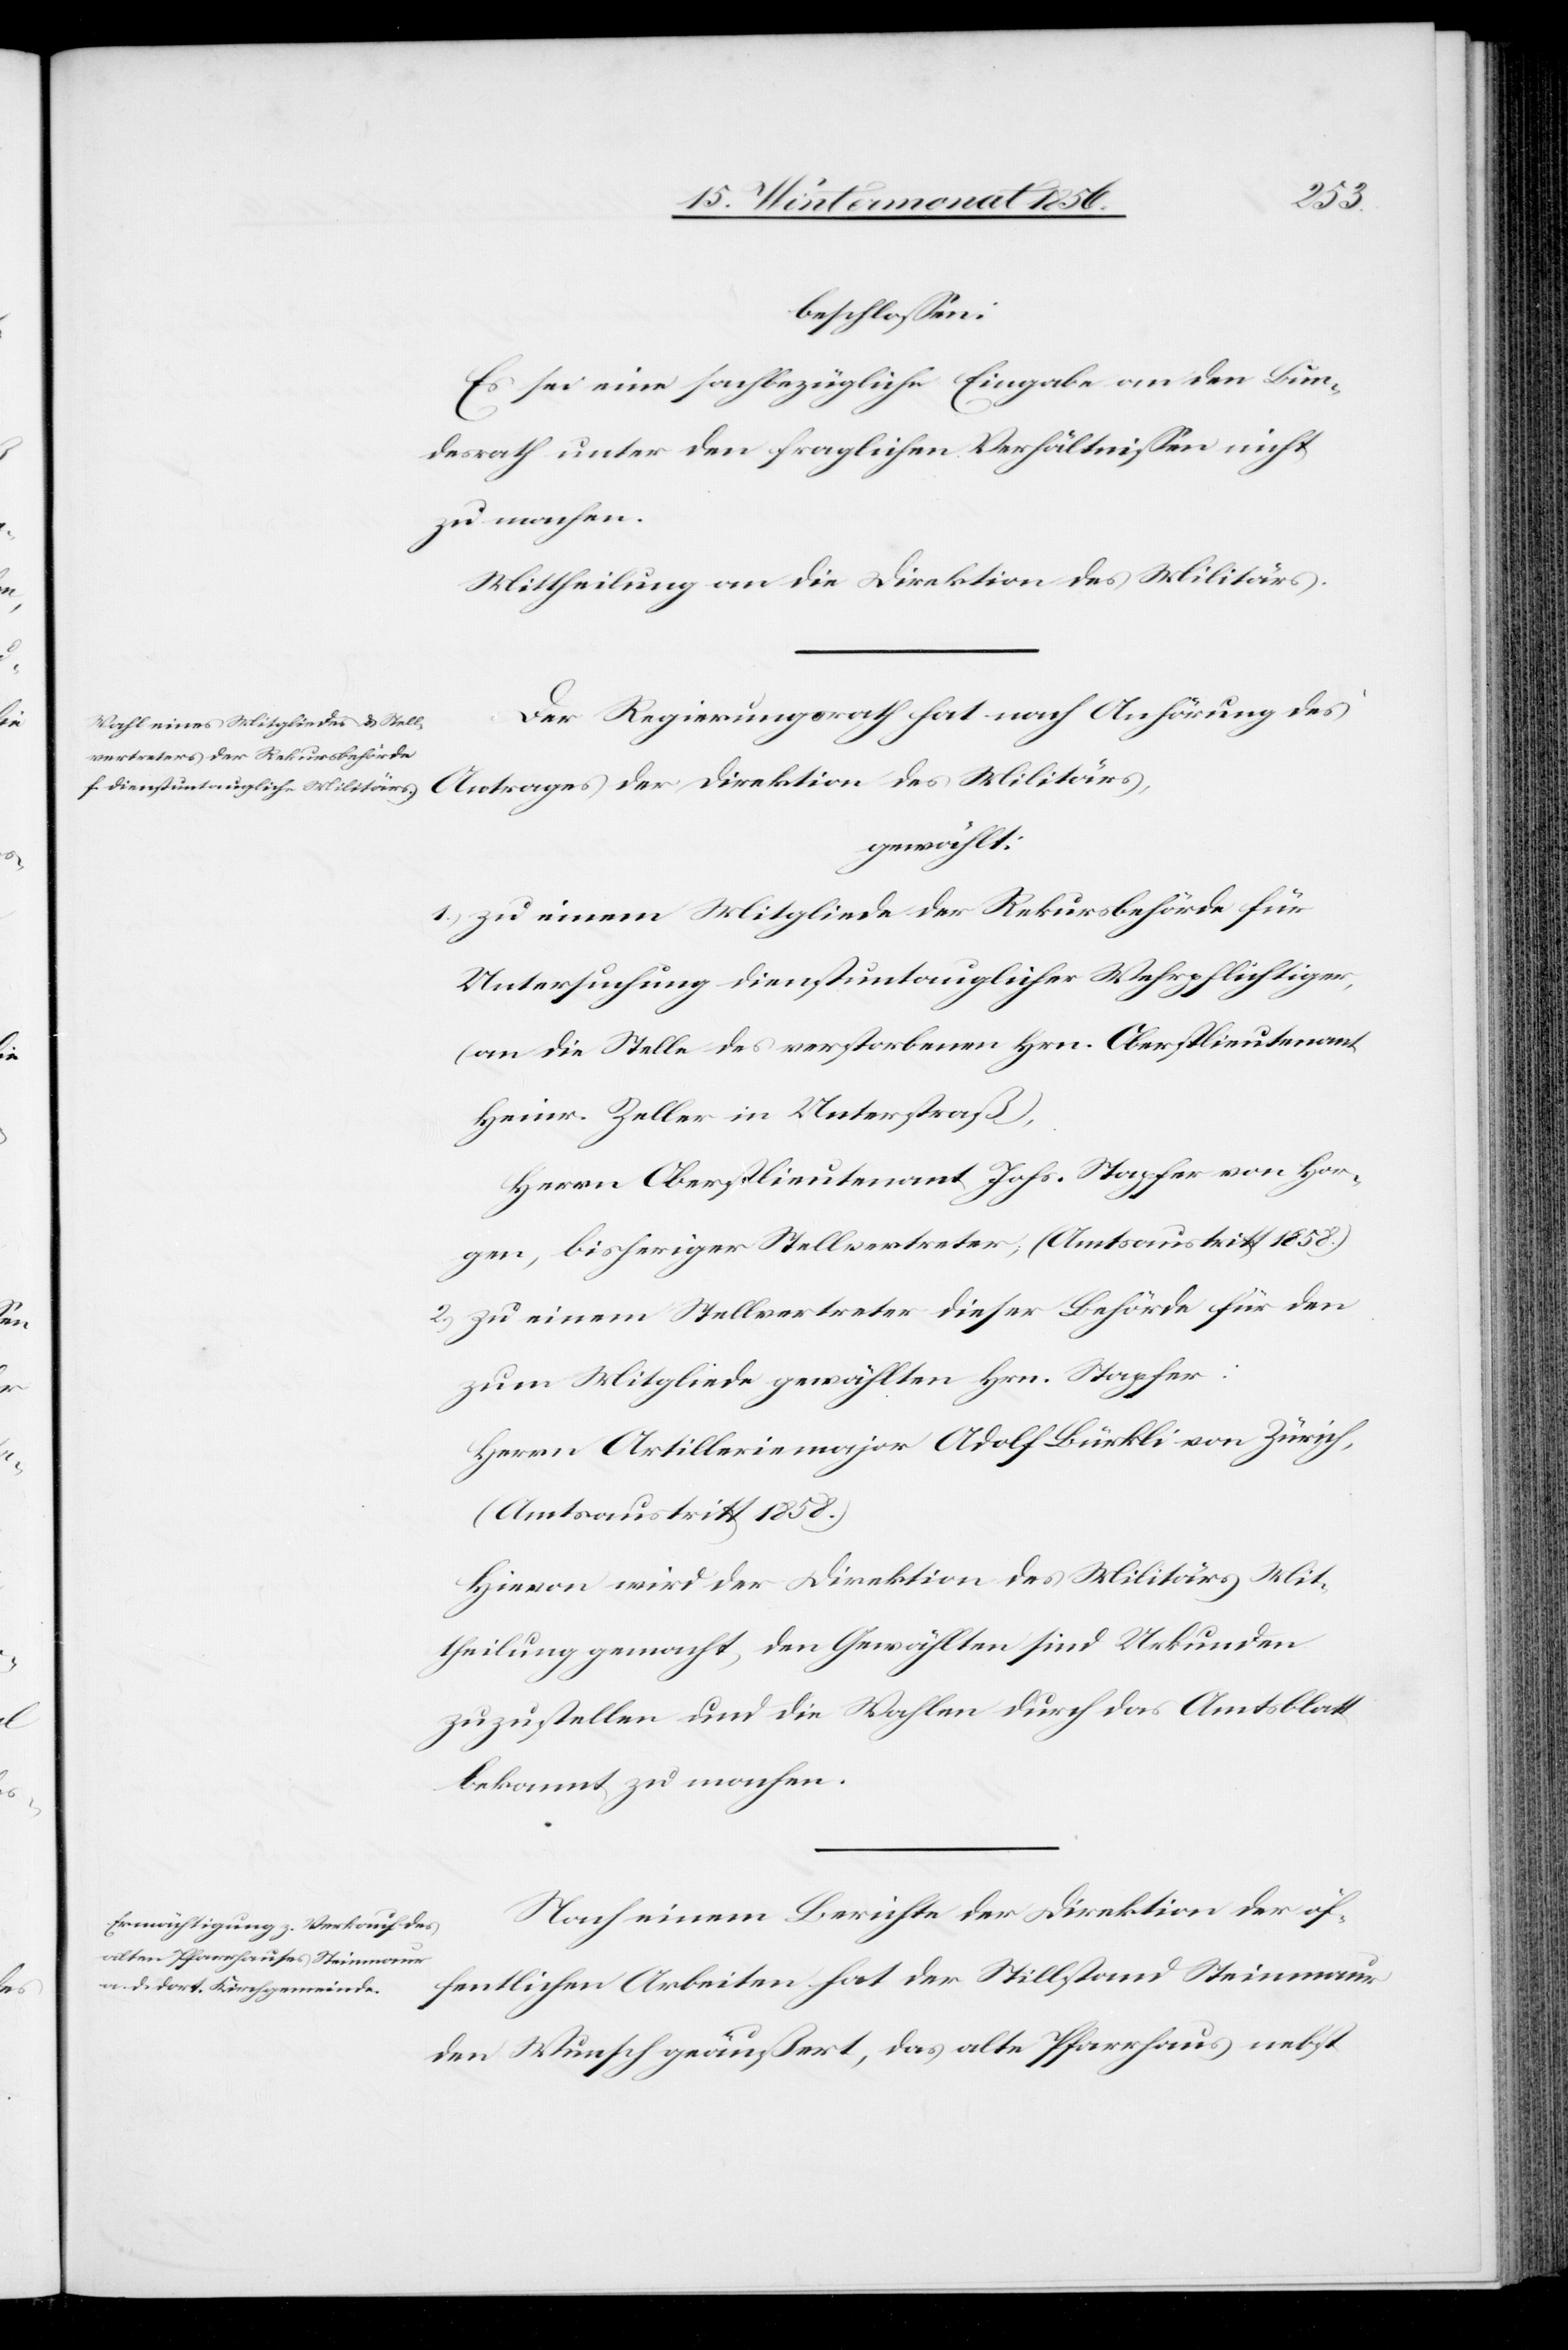
beschlossen:
Es sei eine sachbezügliche Eingabe an den Bun¬
desrath unter den fraglichen Verhältnissen nicht
zu machen.
Mittheilung an die Direktion des Militärs.
Der Regierungsrath hat nach Anhörung des
Antrages der Direktion des Militärs,
gewählt:
1.) zu einem Mitgliede der Rekursbehörde für
Untersuchung dienstuntauglicher Wehrpflichtiger,
(an die Stelle des verstorbenen Hrn. Oberstlieutenant
Heinr. Zeller in Unterstraß),
Herrn Oberstlieutenant Johs. Stapfer von Hor¬
gen, bisheriger Stellvertreter; (Amtsaustritt 1858.)
2.) zu einem Stellvertreter dieser Behörde für den
zum Mitgliede gewählten Hrn. Stapfer:
Herrn Artilleriemajor Adolf Bürkli von Zürich,
(Amtsaustritt 1858.)
Hievon wird der Direktion des Militärs Mit¬
theilung gemacht, den Gewählten sind Urkunden
zuzustellen und die Wahlen durch das Amtsblatt
bekannt zu machen.
Nach einem Berichte der Direktion der öf¬
fentlichen Arbeiten hat der Stillstand Steinmaur
den Wunsch geäußert, das alte Pfarrhaus nebst